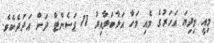
މިއީ މިދިޔަ އަހަރުގެ މެއި މަހާ އަޅާބަލާއިރު 11 ޕަސެންޓް ދަށް އަދަދެކެވެ.